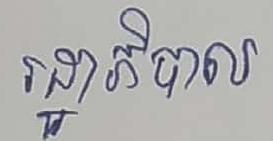
រដ្ឋាភិបាល